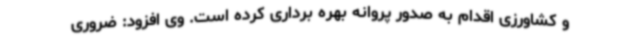
و کشاورزی اقدام به صدور پروانه بهره برداری کرده است. وی افزود: ضروری